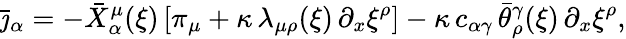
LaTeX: \bar{\jmath}_{\alpha}=-\bar{X}_{\alpha}^{\mu}(\xi)\, [\pi_{\mu}+\kappa\, \lambda_{\mu\rho}(\xi)\, \partial_{x}\xi^{\rho}]-\kappa\, c_{\alpha\gamma}\, \bar{\theta}_{\rho}^{\gamma}(\xi)\, \partial_{x}\xi^{\rho},